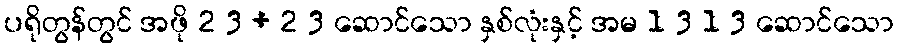
ပရိုတွန်တွင် အဖို 2 3 + 2 3 ဆောင်သော နှစ်လုံးနှင့် အမ 1 3 1 3 ဆောင်သော